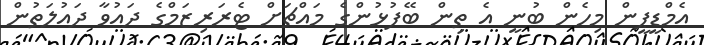
އެމްޑީޕީން މިހެން ބުނީ އެ ތިން ބޭފުޅުންގެ މައްޗަށް ޓެރަރިޒަމްގެ ދައުވާ ދައުލަތުން